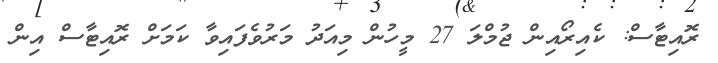
ރޮއިޓާސް: ކެއިރޯއިން ޖުމްލަ 27 މީހުން މިއަދު މަރުވެފައިވާ ކަމަށް ރޮއިޓާސް އިން